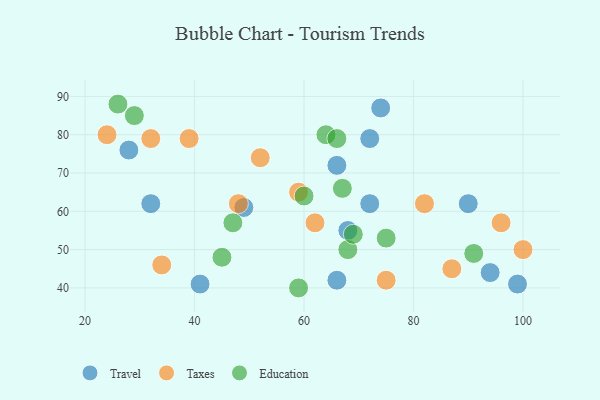
{"axis": {"x": "GDP", "y": "Life Expectancy"}, "legend": ["Education", "Taxes", "Travel"], "data": [{"x": "74", "y": 87, "type": "Travel"}, {"x": "90", "y": 62, "type": "Travel"}, {"x": "94", "y": 44, "type": "Travel"}, {"x": "99", "y": 41, "type": "Travel"}, {"x": "68", "y": 55, "type": "Travel"}, {"x": "41", "y": 41, "type": "Travel"}, {"x": "28", "y": 76, "type": "Travel"}, {"x": "72", "y": 62, "type": "Travel"}, {"x": "66", "y": 72, "type": "Travel"}, {"x": "66", "y": 42, "type": "Travel"}, {"x": "49", "y": 61, "type": "Travel"}, {"x": "32", "y": 62, "type": "Travel"}, {"x": "72", "y": 79, "type": "Travel"}, {"x": "34", "y": 46, "type": "Taxes"}, {"x": "87", "y": 45, "type": "Taxes"}, {"x": "32", "y": 79, "type": "Taxes"}, {"x": "52", "y": 74, "type": "Taxes"}, {"x": "82", "y": 62, "type": "Taxes"}, {"x": "24", "y": 80, "type": "Taxes"}, {"x": "75", "y": 42, "type": "Taxes"}, {"x": "59", "y": 65, "type": "Taxes"}, {"x": "100", "y": 50, "type": "Taxes"}, {"x": "39", "y": 79, "type": "Taxes"}, {"x": "96", "y": 57, "type": "Taxes"}, {"x": "62", "y": 57, "type": "Taxes"}, {"x": "48", "y": 62, "type": "Taxes"}, {"x": "91", "y": 49, "type": "Education"}, {"x": "45", "y": 48, "type": "Education"}, {"x": "64", "y": 80, "type": "Education"}, {"x": "68", "y": 50, "type": "Education"}, {"x": "26", "y": 88, "type": "Education"}, {"x": "75", "y": 53, "type": "Education"}, {"x": "29", "y": 85, "type": "Education"}, {"x": "69", "y": 54, "type": "Education"}, {"x": "66", "y": 79, "type": "Education"}, {"x": "47", "y": 57, "type": "Education"}, {"x": "59", "y": 40, "type": "Education"}, {"x": "67", "y": 66, "type": "Education"}, {"x": "60", "y": 64, "type": "Education"}]}